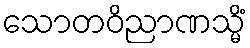
သောတဝိညာဏသ္မိံ